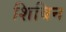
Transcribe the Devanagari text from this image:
शिबिन